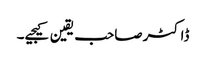
ڈاکٹرصاحب یقین کیجیے۔